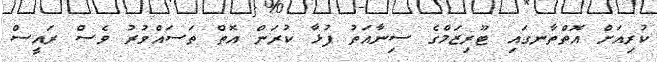
ކުރިއަށް އޮތްތާނގައި ޓޫރިޒަމްގެ ސިނާއަތު ފުޅާ ކުރަން އޮތް ތަސައްވުރު ވެސް ރައީސް